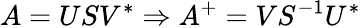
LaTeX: A=USV^{\ast}\Rightarrow A^{+}=VS^{-1}U^{\ast}